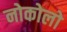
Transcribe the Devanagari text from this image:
नोकोलो